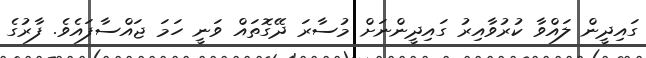
ގައިދީން ލައްވާ ކުރުވާއިރު ގައިދީންނަށް މުސާރަ ދޭގޮތައް ވަނީ ހަމަ ޖައްސާފައެވެ. ފާރުގެ